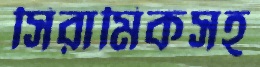
সিরামিকসহ